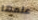
علمها